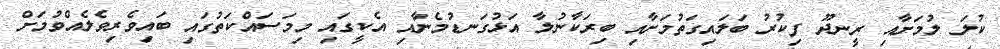
ކުލަ ލުމަށާއި ރީނދޫ ފިކުރު ބަލައިގަތުމަށާއި ބިރަކާނުލާ އަޅުގަނޑުމެނާއި އެކީގައި މިމަސައްކަތުގައި ބައިވެރިވެލެއްވުމަށް